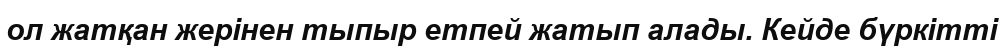
ол жатқан жерінен тыпыр етпей жатып алады. Кейде бүркітті